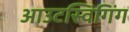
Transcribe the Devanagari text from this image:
आउटस्विंगिंग